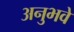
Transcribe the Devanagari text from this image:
अनुभवे